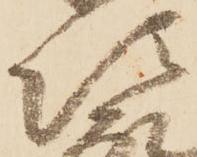
次